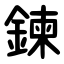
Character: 鍊